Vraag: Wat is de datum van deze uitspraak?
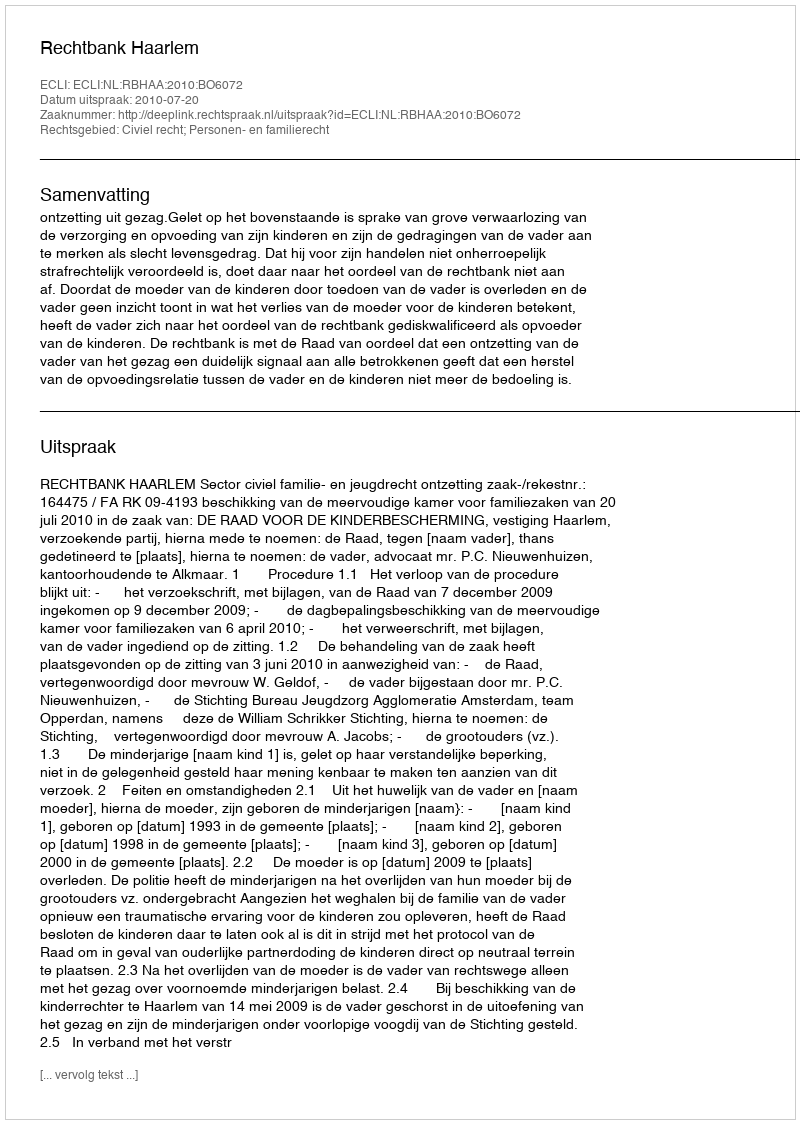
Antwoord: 2010-07-20